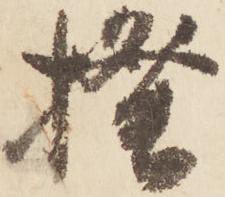
揆